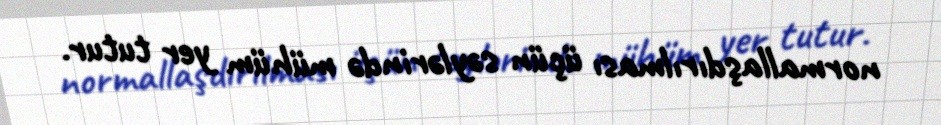
normallaşdırılması üçün səylərində mühüm yer tutur.